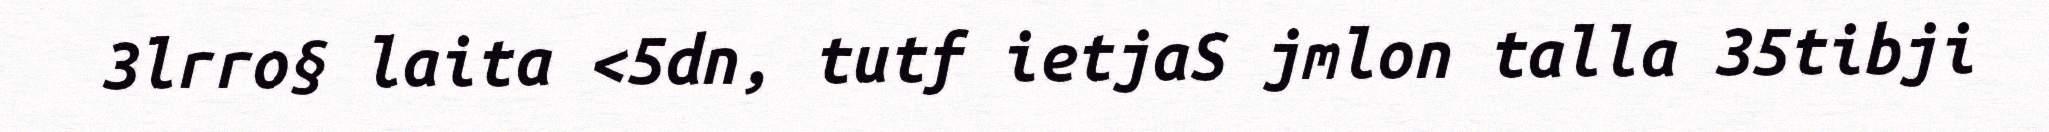
3lrro§ laita <5dn, tutf ietjaS jmlon talla 35tibji